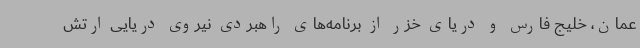
عمان، خلیج فارس و دریای خزر از برنامه‌های راهبردی نیروی دریایی ارتش